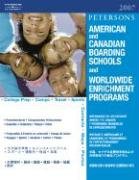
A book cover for American Canadian Boarding Schools 2007 (Peterson's American & Canadian Boarding Schools & Worldwide Enrichment Programs); Thomson Peterson's; Test Preparation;